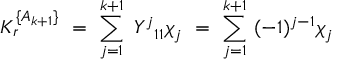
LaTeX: K _ { r } ^ { \{ A _ { k + 1 } \} } \ = \ \sum _ { j = 1 } ^ { k + 1 } \ { { Y } ^ { j } } _ { 1 1 } \chi _ { j } \ = \ \sum _ { j = 1 } ^ { k + 1 } \ ( - 1 ) ^ { j - 1 } \chi _ { j }